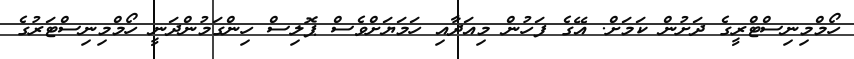
ހޯމްމިނިސްޓްރީގެ ދަށުން ކަމަށް. އޭގެ ފަހުން މިއަދާއި ހަމަޔަށްވެސް ޕޮލިސް ހިންގަމުންދަނީ ހޯމްމިނިސްޓަރުގެ